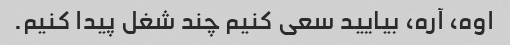
اوه، آره، بیایید سعی کنیم چند شغل پیدا کنیم.